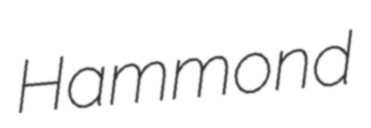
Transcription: Hammond